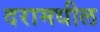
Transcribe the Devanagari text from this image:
दरामधील